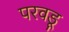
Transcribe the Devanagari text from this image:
परवडू